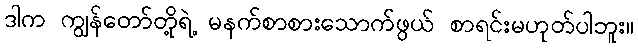
ဒါက ကျွန်တော်တို့ရဲ့ မနက်စာစားသောက်ဖွယ် စာရင်းမဟုတ်ပါဘူး။